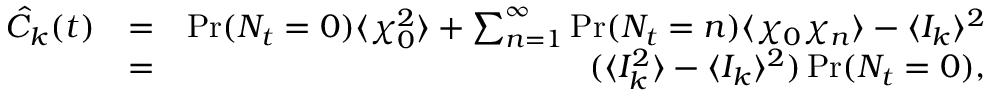
\begin{array} { r l r } { \hat { C } _ { k } ( t ) } & { = } & { \operatorname* { P r } ( N _ { t } = 0 ) \langle \chi _ { 0 } ^ { 2 } \rangle + \sum _ { n = 1 } ^ { \infty } \operatorname* { P r } ( N _ { t } = n ) \langle \chi _ { 0 } \chi _ { n } \rangle - \langle I _ { k } \rangle ^ { 2 } } \\ & { = } & { ( \langle I _ { k } ^ { 2 } \rangle - \langle I _ { k } \rangle ^ { 2 } ) \operatorname* { P r } ( N _ { t } = 0 ) , } \end{array}